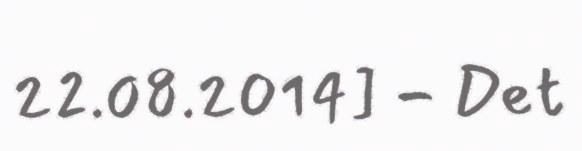
22.08.2014] - Det